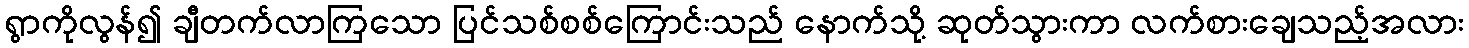
ရွာကိုလွန်၍ ချီတက်လာကြသော ပြင်သစ်စစ်ကြောင်းသည် နောက်သို့ ဆုတ်သွားကာ လက်စားချေသည့်အလား